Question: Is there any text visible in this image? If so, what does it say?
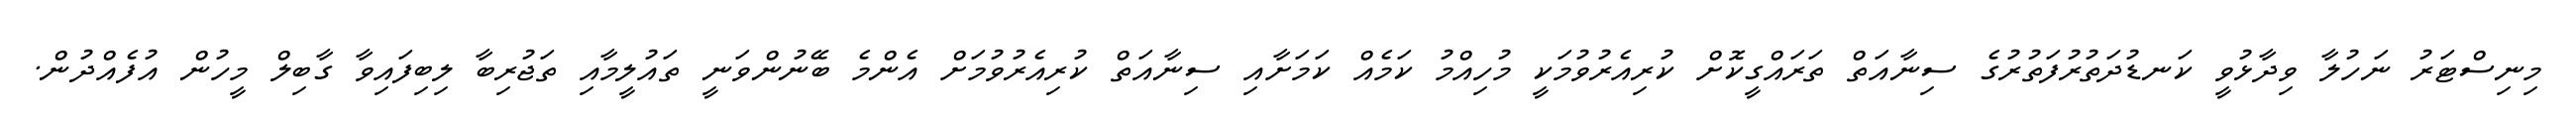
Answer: މިނިސްޓަރު ނަހުލާ ވިދާޅުވީ ކަނޑުދަތުރުފަތުރުގެ ސިނާއަތް ތަރައްގީކޮށް ކުރިއެރުވުމަކީ މުހިއްމު ކަމެއް ކަމަށާއި ސިނާއަތް ކުރިއެރުވުމަށް އެންމެ ބޭނުންވަނީ ތައުލީމާއި ތަޖުރިބާ ލިބިފައިވާ ގާބިލް މީހުން އުފެއްދުން.